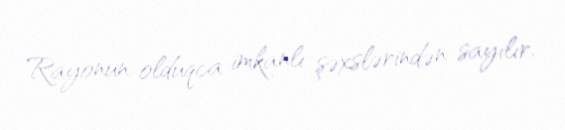
Rayonun olduqca imkanlı şəxslərindən sayılır.